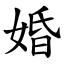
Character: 婚